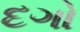
દગો